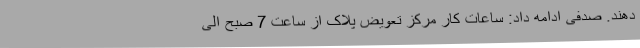
دهند. صدفی ادامه داد: ساعات کار مرکز تعویض پلاک از ساعت 7 صبح الی